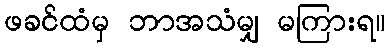
ဖခင်ထံမှ ဘာအသံမျှ မကြားရ။